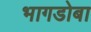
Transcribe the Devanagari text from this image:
भागडोबा